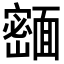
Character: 𬰢